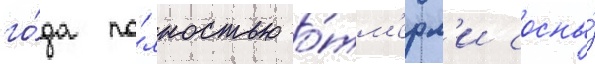
го́да по́лностью о́тм'ерл'и сосны́